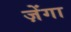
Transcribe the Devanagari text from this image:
ज़ेंगा